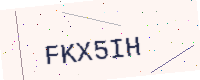
Text: FKX5IH